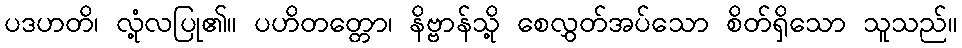
ပဒဟတိ၊ လုံ့လပြု၏။ ပဟိတတ္တော၊ နိဗ္ဗာန်သို့ စေလွှတ်အပ်သော စိတ်ရှိသော သူသည်။